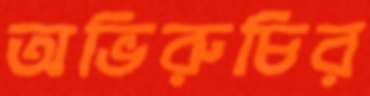
অভিরুচির